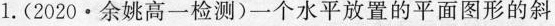
1.(2020·余姚高一检测)一个水平放置的平面图形的斜